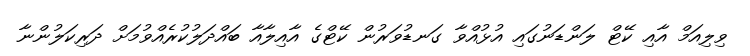
ވިލިއަމް އާއި ކޭޓް ލަންޑަނުގައި އުޅުއްވާ ގަނޑުވަރުން ކޭޓްގެ އާއިލާއާ ބައްދަލުކުރެއްވުމަށް ދަރިކަލުންނާ